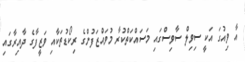
އާ ވިއުގަ އަކީ ސިވިލް ސާވިސްގައި މަސައްކަތްކުރާ މުވައްޒަފުންގެ ރިކޯޑުތަކާއި ވަޒީފާގެ ދާއިރާގައި